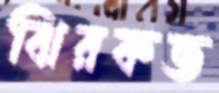
ঝিরকভ